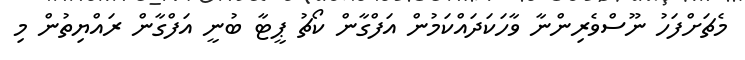
މެޗަށްފަހު ނޫސްވެރިންނާ ވާހަކަދައްކަމުން އަފްގާން ކޯޗު ޕީޓާ ބުނީ އަފްގާން ރައްޔިތުން މި